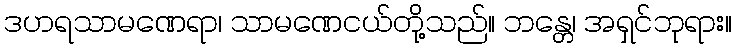
ဒဟရသာမဏေရာ၊ သာမဏေငယ်တို့သည်။ ဘန္တေ၊ အရှင်ဘုရား။